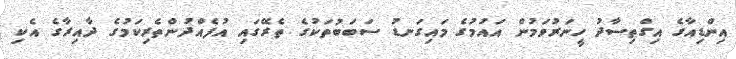
އިންޑިއާގެ އިގްތިސާދު ހީނަރުވަމުން އައުމުގެ މައިގަނޑު ސަބަބުތަކުގެ ތެރޭގައި އުފެއްދުންތެރިކަމުގެ ދާއިރާގެ އެކި